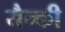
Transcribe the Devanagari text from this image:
यैन्की